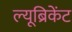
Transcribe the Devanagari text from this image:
ल्यूब्रिकेंट